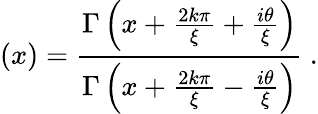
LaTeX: \left(x\right)=\frac{\Gamma\left(x+\frac{2k\pi}{\xi}+\frac{i\theta}{\xi}\right)}{\Gamma\left(x+\frac{2k\pi}{\xi}-\frac{i\theta}{\xi}\right)}\ .